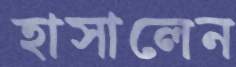
হাসালেন